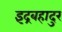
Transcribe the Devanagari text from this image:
इंद्रबहादुर